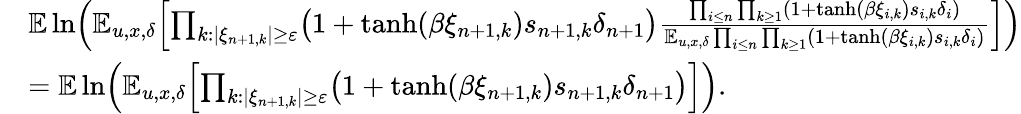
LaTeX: \begin{array}{rl}&{\mathbb E\ln\Bigl(\mathbb E_{u,x,\delta}\Bigl[\prod_{k:|\xi_{n+1,k}|\geq\varepsilon}\bigl(1+\operatorname{tanh}(\beta\xi_{n+1,k})s_{n+1,k}\delta_{n+1}\bigr)\frac{\prod_{i\le n}\prod_{k\ge 1}(1+\operatorname{tanh}(\beta\xi_{i,k})s_{i,k}\delta_{i})}{\mathbb E_{u,x,\delta}\prod_{i\le n}\prod_{k\ge 1}(1+\operatorname{tanh}(\beta\xi_{i,k})s_{i,k}\delta_{i})}\Bigr]\Bigr)}\\ &{=\mathbb E\ln\Bigl(\mathbb E_{u,x,\delta}\Bigl[\prod_{k:|\xi_{n+1,k}|\geq\varepsilon}\bigl(1+\operatorname{tanh}(\beta\xi_{n+1,k})s_{n+1,k}\delta_{n+1}\bigr)\Bigr]\Bigr).}\end{array}